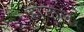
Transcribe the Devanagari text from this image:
होऊल